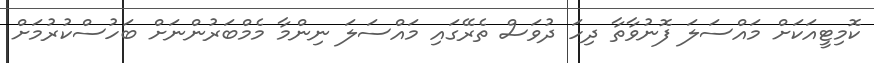
ކޮމިޓީއަކަށް މައްސަލަ ފޮނުވާތާ ދިހަ ދުވަސް ތެރޭގައި މައްސަލަ ނިންމާ މެމްބަރުންނަށް ބަހުސްކުރުމަށް